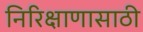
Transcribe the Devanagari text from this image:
निरिक्षाणासाठी